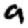
Digit: 9